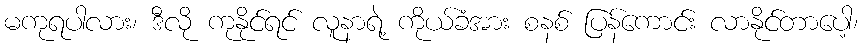
မကုရပါလား၊ ဒီလို ကုနိုင်ရင် လူနာရဲ့ ကိုယ်ခံအား စနစ် ပြန်ကောင်း လာနိုင်တာပေါ့၊